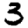
Digit: 3